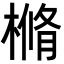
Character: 樇